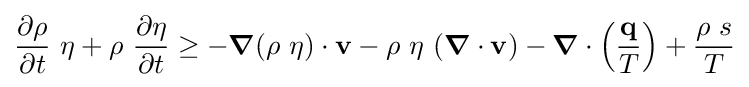
{\frac {\partial \rho }{\partial t}}~\eta +\rho ~{\frac {\partial \eta }{\partial t}}\geq -{\boldsymbol {\nabla }}(\rho ~\eta )\cdot \mathbf {v} -\rho ~\eta ~({\boldsymbol {\nabla }}\cdot \mathbf {v} )-{\boldsymbol {\nabla }}\cdot \left({\frac {\mathbf {q} }{T}}\right)+{\frac {\rho ~s}{T}}